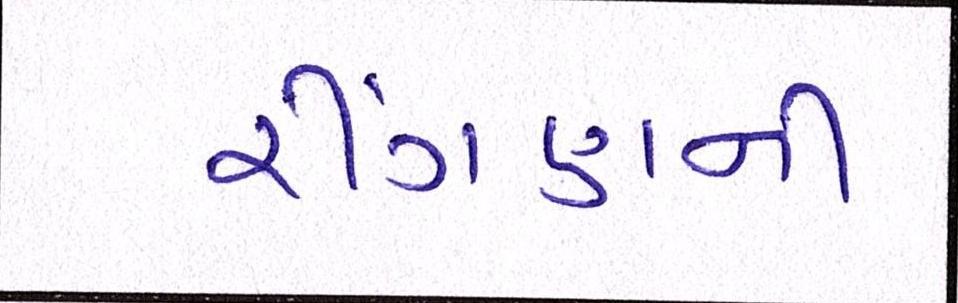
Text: રીંગણની